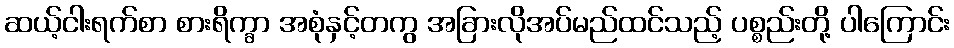
ဆယ့်ငါးရက်စာ စားရိက္ခာ အစုံနှင့်တကွ အခြားလိုအပ်မည်ထင်သည့် ပစ္စည်းတို့ ပါကြောင်း